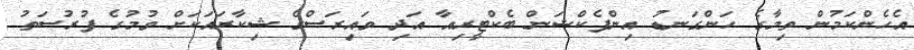
އެހެންކަމުން ތިމާގެ ހަންގަނޑު އިންފެކްޝަން ބެކްޓީރިއާ އަދި ވައިރަސްގެ ޝިކާރައަކަށް ވުމުގެ ފުރުސަތު